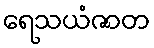
ရေသယံဇာတ